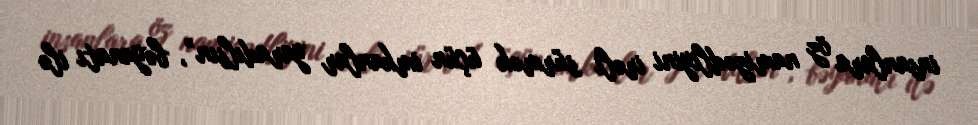
insanlara öz namizədliyini irəli sürmək üçün imkanlar yaradılsın”, bəyanatı ilə